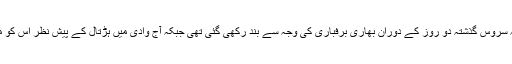
ذرائع کے مطابق یہ سروس گذشتہ دو روز کے دوران بھاری برفباری کی وجہ سے بند رکھی گئی تھی جبکہ آج وادی میں ہڑتال کے پیش نظر اس کو معطل کردیا گیا ہے۔